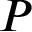
P